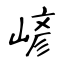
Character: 嵃